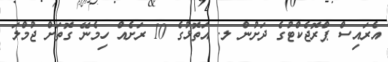
އެރައިސް ޕްރޮޖެކްޓުގެ ދަށުން ލ. އަތޮޅުގެ 10 ރަށެއް ހިމެނޭ ގޮތަށް ޖުމްލަ